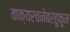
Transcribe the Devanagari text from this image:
वाक्यरचनेबरहूकूम